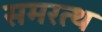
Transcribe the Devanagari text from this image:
समरत्थ